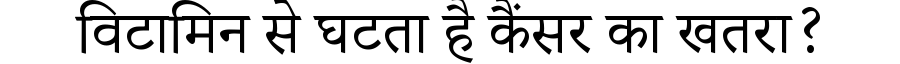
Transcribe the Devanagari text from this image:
विटामिन से घटता है कैंसर का खतरा?